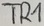
Text: TR1